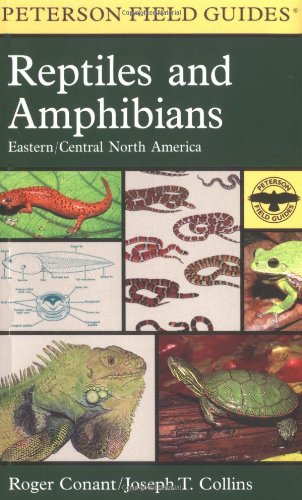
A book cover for A Field Guide to Reptiles and Amphibians: Eastern and Central North America (Peterson Field Guides); Joseph T. Collins; Science & Math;